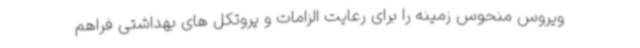
ویروس منحوس زمینه را برای رعایت الزامات و پروتکل های بهداشتی فراهم